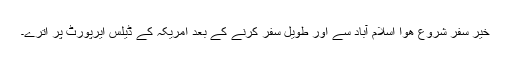
خیر سفر شروع ھوا اسلام آباد سے اور طویل سفر کرنے کے بعد امریکہ کے ڈیلس ایرپورٹ پر اترے۔